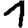
Digit: 1